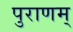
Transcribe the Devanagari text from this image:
पुराणम्‌